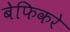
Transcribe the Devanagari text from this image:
बेफिकरे